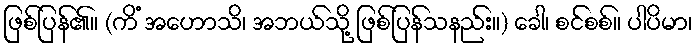
ဖြစ်ပြန်၏။ (ကိံ အဟောသိ၊ အဘယ်သို့ ဖြစ်ပြန်သနည်း။) ခေါ၊ စင်စစ်။ ပါပိမာ၊